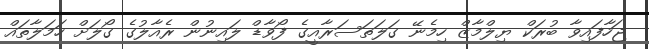
ޖަހާފައިވާ ބުރަކް ޔިލްމާޒް ހިމެނޭ ގަލަތަސަރާއީގެ ފޯވާޑް ލައިނުން ރެއާލުގެ ގޯލަށް ހަމަލާތައް